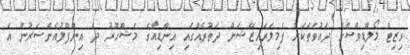
ވިޒިޓް މޯލްޑިވްސްގެ ދައުވަތަކަށް ފެމިލަރައިޒޭޝަން ދަތުރެއްގައި އިންޑިއާގެ މަޝްހޫރު ދެ އިންފްލުއެންސަރުން އެ